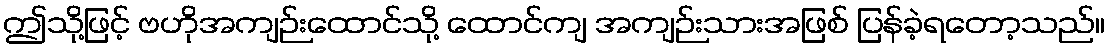
ဤသို့ဖြင့် ဗဟိုအကျဉ်းထောင်သို့ ထောင်ကျ အကျဉ်းသားအဖြစ် ပြန်ခဲ့ရတော့သည်။